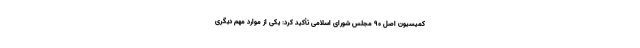
کمیسیون اصل ۹۰ مجلس شورای اسلامی تأکید کرد: یکی از موارد مهم دیگری